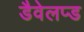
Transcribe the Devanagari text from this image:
डैवेलप्ड